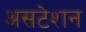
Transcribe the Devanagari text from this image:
असटेशन